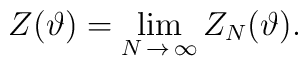
\label{def_{Z}}\displaystyle Z(\vartheta )=\lim _{N\, \rightarrow \, \infty }Z_{N}(\vartheta ).